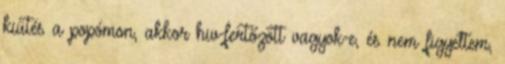
kiütés a popómon, akkor hiv-fertőzött vagyok-e, és nem figyeltem,